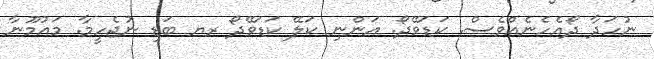
ނުހަދާ ދޯއެހެނެއްވެސް. ކަޑަވޭދޯ. އަންނި ކަލޭ ކަޑަވޭދޯ ރޔ ބަޑި ނުޖެހީމާ. މައުމޫނާ